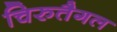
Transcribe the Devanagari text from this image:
चिरुतैगल